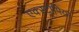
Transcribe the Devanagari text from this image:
एक्स्ट्रोपिया